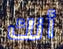
أنك